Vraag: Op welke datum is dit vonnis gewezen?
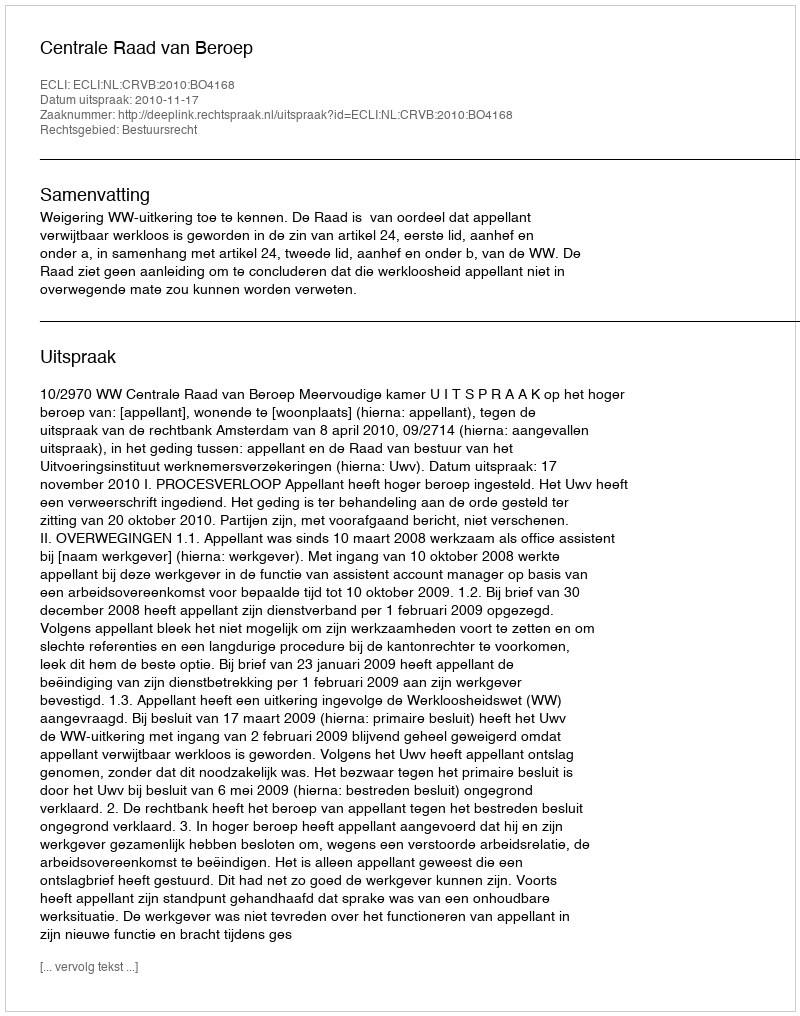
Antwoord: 2010-11-17